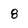
Character: 8